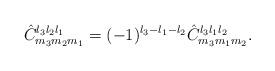
LaTeX: \begin{align*}\hat{C}^{l_3 l_2 l_1}_{m_3 m_2 m_1}=(-1)^{l_3 -l_1 -l_2} \hat{C}^{l_3 l_1 l_2}_{m_3 m_1 m_2}.\end{align*}